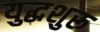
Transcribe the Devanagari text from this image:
युद्धशुरू